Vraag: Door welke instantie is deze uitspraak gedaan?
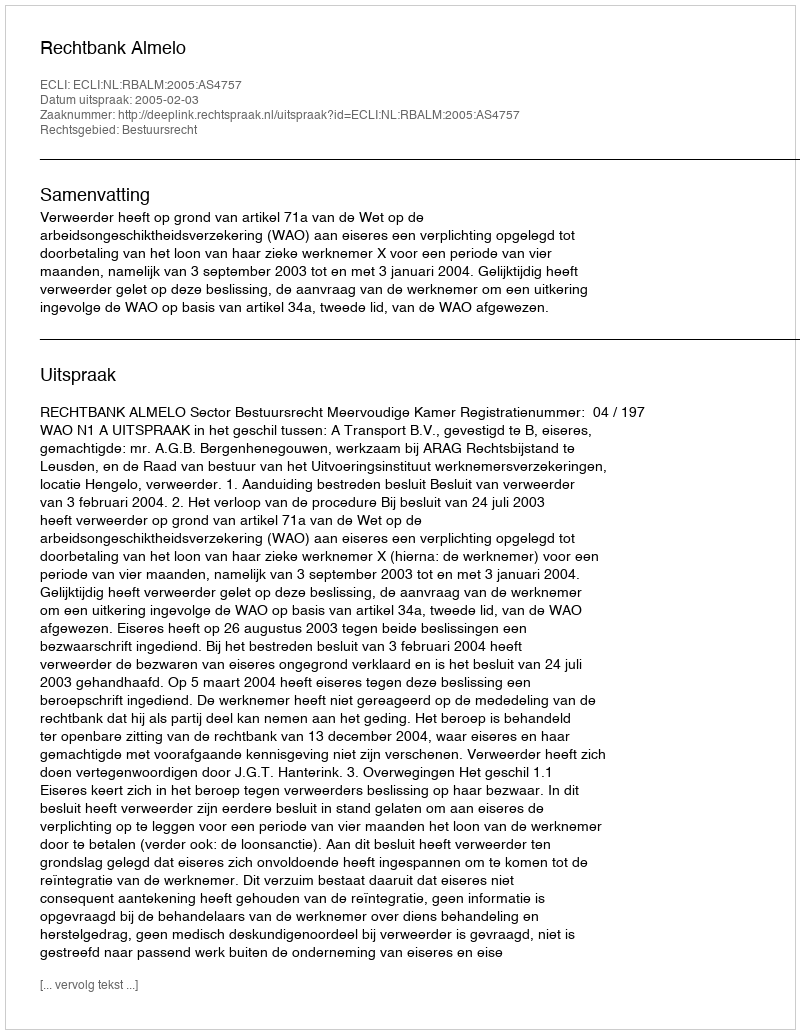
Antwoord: Rechtbank Almelo